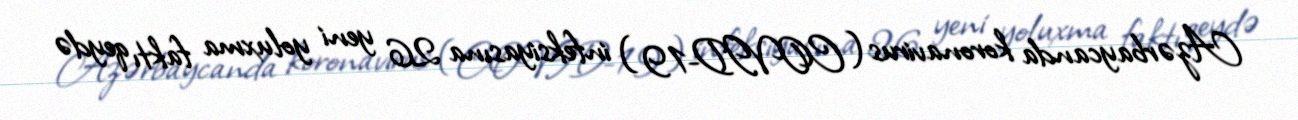
Azərbaycanda koronavirus (COVID-19) infeksiyasına 26 yeni yoluxma faktı qeydə